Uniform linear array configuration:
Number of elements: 8
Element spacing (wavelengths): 0.5
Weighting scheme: uniform
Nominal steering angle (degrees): -15
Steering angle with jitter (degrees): -15.915
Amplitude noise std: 0.05
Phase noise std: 0.05

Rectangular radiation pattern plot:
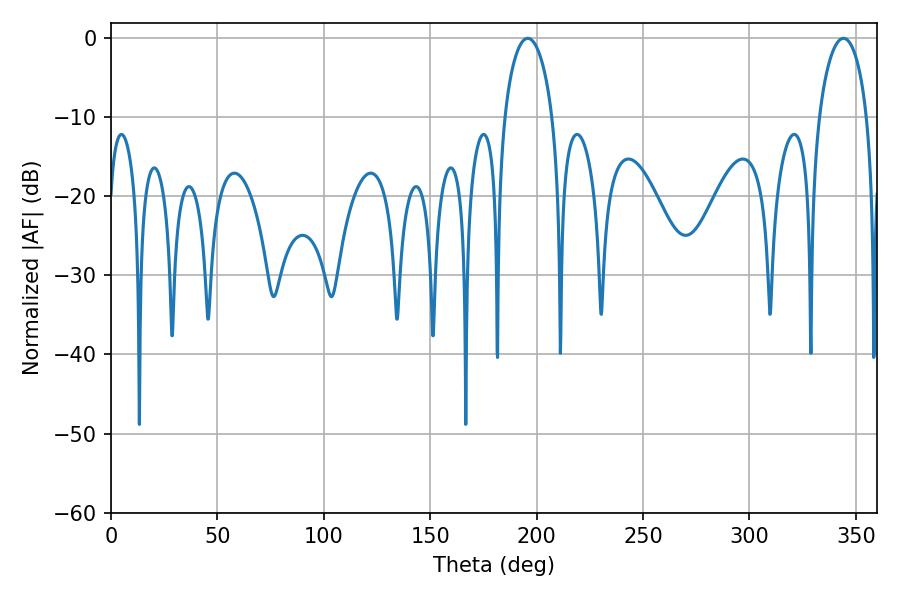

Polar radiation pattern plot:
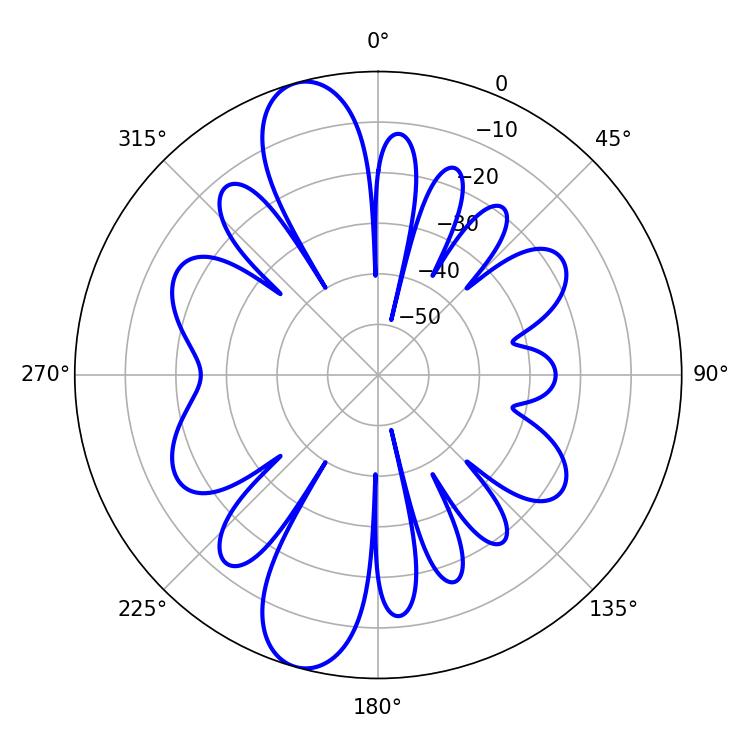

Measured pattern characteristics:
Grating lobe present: FALSE
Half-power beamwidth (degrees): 13.14
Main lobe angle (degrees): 195.84